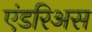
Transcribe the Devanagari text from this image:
एंडरिअस